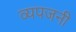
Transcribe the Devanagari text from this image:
व्यपजनी